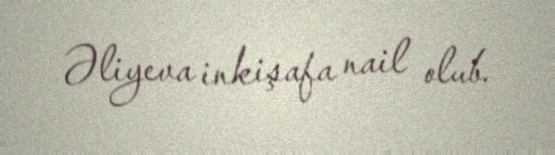
Əliyeva inkişafa nail olub.